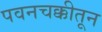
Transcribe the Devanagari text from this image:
पवनचक्कीतून